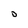
Character: D